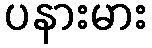
ပနားမား